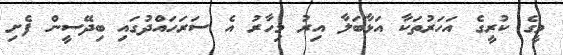
މީގެ ކުރީގެ އަހަރުތަކާ އަޅާބަލާ އިރު މިހާރު އެ ސަރަހައްދުގައި ބިދޭސީން ފެށި